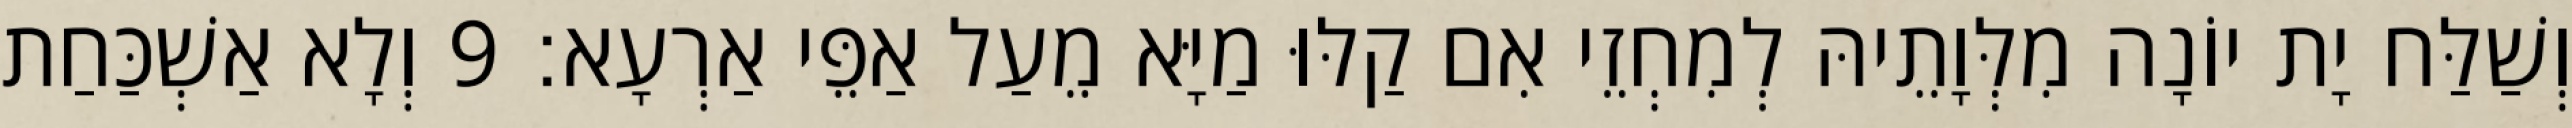
וְשַׁלַּח יָת יוֹנָה מִלְּוָתֵיהּ לְמִחְזֵי אִם קַלּוּ מַיָּא מֵעַל אַפֵּי אַרְעָא׃ 9 וְלָא אַשְׁכַּחַת